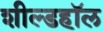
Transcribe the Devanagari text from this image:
शील्डहॉल